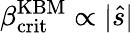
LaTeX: \beta_{\mathrm{crit}}^{\mathrm{KBM}}\propto|\hat{s}|